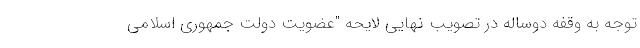
توجه به وقفه دوساله در تصویب نهایی لایحه "عضویت دولت جمهوری اسلامی